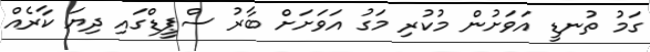
ގަމު ތުނޑީ އަވަށުން މުކުރި މަގު އަވަށަށް ބާރު ސްޕީޑްގައި ދިޔަ ކާރެއް